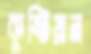
কুষ্টিয়ান